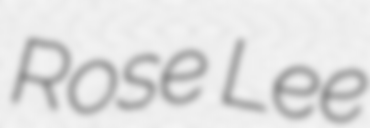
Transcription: Rose Lee